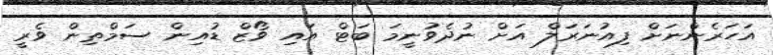
އަހަރެންނަށް ފިއުނަރަލް އަށް ނުދެވުނީމަ ބަޓް އައި ވޯޒް ޑުއިން ސަމްތިން ވެރީ